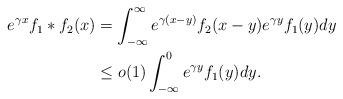
LaTeX: \begin{align*} e^{\gamma x}f_1\ast f_2(x) &= \int_{-\infty}^\infty e^{\gamma (x-y)}f_2(x-y)e^{\gamma y} f_1(y)dy \\&\le o(1) \int_{-\infty}^0 e^{\gamma y}f_1(y)dy. \end{align*}